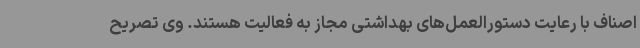
اصناف با رعایت دستورالعمل‌های بهداشتی مجاز به فعالیت هستند. وی تصریح